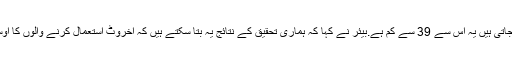
عام طور پر جو کلوری بتائی جاتی ہیں یہ اس سے 39 سے کم ہے.بیئر نے کہا کہ ہماری تحقیق کے نتائج یہ بتا سکتے ہیں کہ اخروٹ استعمال کرنے والوں کا اوسطا وزن کیوں نہیں بڑھتا ہے۔